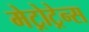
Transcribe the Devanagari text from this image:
मेट्रोट्रेन्स